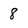
Character: 8